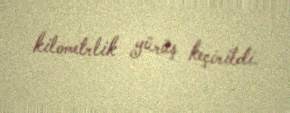
kilometrlik yürüş keçirildi.